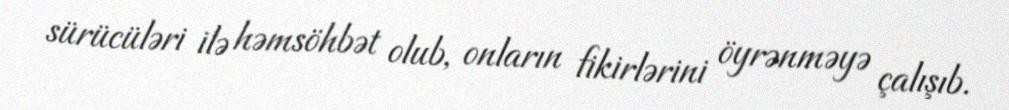
sürücüləri ilə həmsöhbət olub, onların fikirlərini öyrənməyə çalışıb.